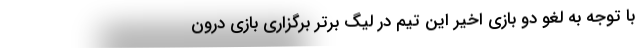
با توجه به لغو دو بازی اخیر این تیم در لیگ برتر برگزاری بازی درون